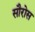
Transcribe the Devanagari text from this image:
सौरोस